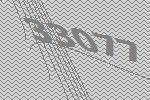
33077